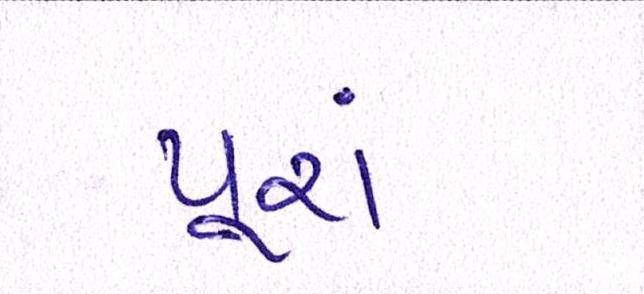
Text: પૂરાં